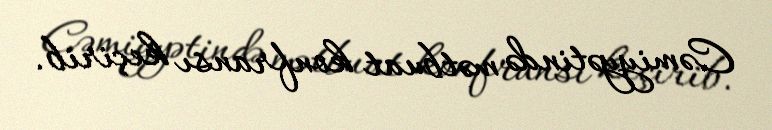
Cəmiyyətində mətbuat konfransı keçirib.